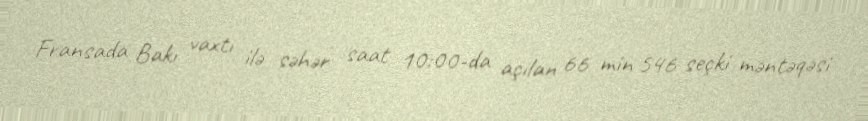
Fransada Bakı vaxtı ilə səhər saat 10:00-da açılan 66 min 546 seçki məntəqəsi